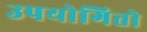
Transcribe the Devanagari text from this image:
उपयोगितो